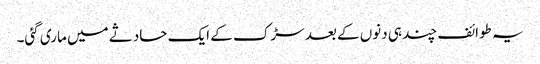
یہ طوائف چند ہی دنوں کے بعد سڑک کے ایک حادثے میں ماری گئی۔